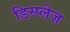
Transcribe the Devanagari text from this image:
डिस्प्लेज़